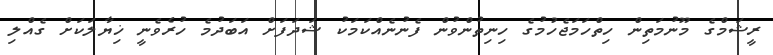
ރީޝަމްގެ މޫނުމަތިން ހިތްހަމަޖެހުމުގެ ހިނިތުންވުން ފެނުނެއްކަމަކު ޝަދަފަށް އަބަދުމެ ހުރެވެނީ ޚިޔާލަކަށް ގެއްލި